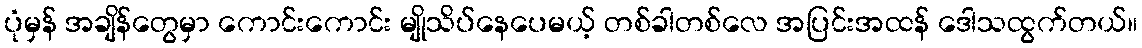
ပုံမှန် အချိန်တွေမှာ ကောင်းကောင်း မျိုသိပ်နေပေမယ့် တစ်ခါတစ်လေ အပြင်းအထန် ဒေါသထွက်တယ်။